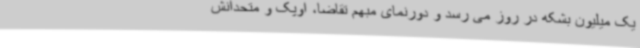
یک میلیون بشکه در روز می رسد و دورنمای مبهم تقاضا، اوپک و متحدانش